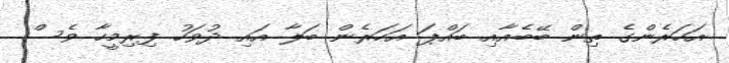
އަހަރެންގެ ތިން ބޭބެއާއި ބައްޕަ އަހަރެން ބަލާ އައި ދުވަހު ފިރިމީހާ ވެސް